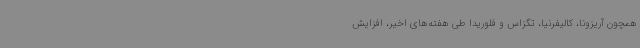
همچون آریزونا، کالیفرنیا، تگزاس و فلوریدا طی هفته‌های اخیر، افزایش